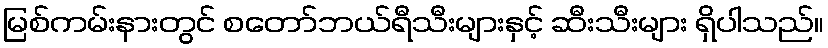
မြစ်ကမ်းနားတွင် စတော်ဘယ်ရီသီးများနှင့် ဆီးသီးများ ရှိပါသည်။